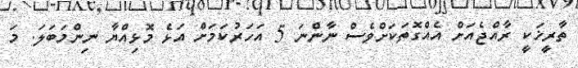
ތާރީޚަކީ ރާއްޖެއަށް އެއްގޮތަކަށްވެސް ނާންނަ 5 އަހަރުކަމަށް އަޅެ މޮޅިއްޔާ ނިންމަބަލަ. މަ